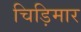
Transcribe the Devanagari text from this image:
चिड़िमार